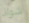
شواذ